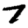
Digit: 7